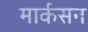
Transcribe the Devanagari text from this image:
मार्कसन